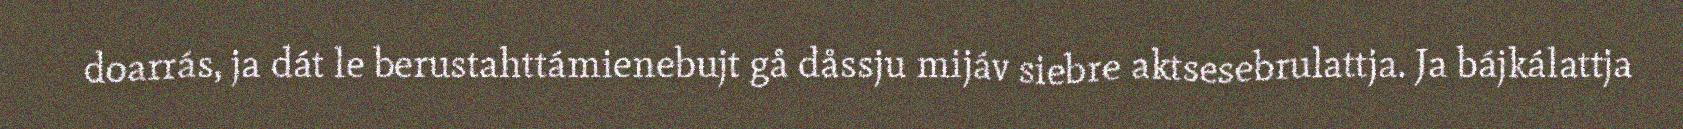
doarrás, ja dát le berustahttámienebujt gå dåssju mijáv siebre aktsesebrulattja. Ja bájkálattja